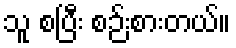
သူ စပြီး စဉ်းစားတယ်။